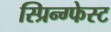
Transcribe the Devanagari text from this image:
स्प्रिन्ग्फेस्ट